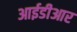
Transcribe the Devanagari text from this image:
आईडीआर